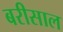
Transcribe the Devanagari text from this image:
बरीसाल